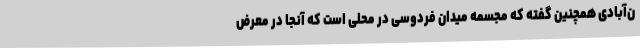
ن‌آبادی همچنین گفته که مجسمه میدان فردوسی در محلی است که آنجا در معرض